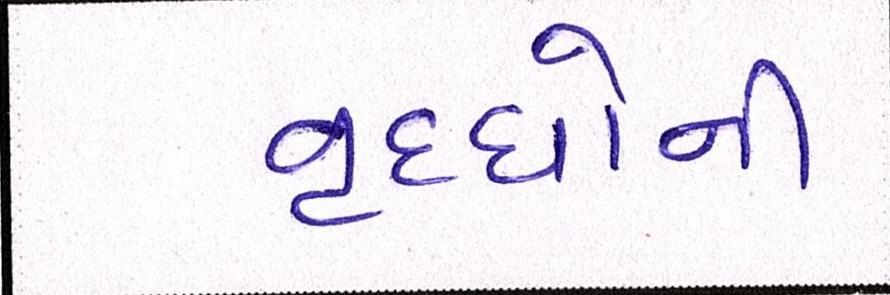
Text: વૃધ્ધોની